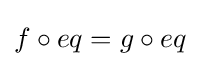
f\circ eq=g\circ eq